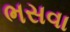
ભસવા